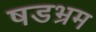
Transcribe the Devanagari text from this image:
षडभ्रम